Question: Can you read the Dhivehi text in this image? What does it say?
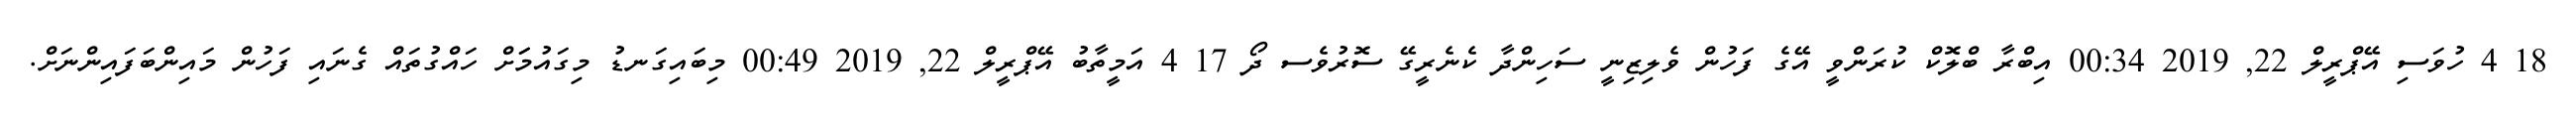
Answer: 18 4 ހުވަސި އޭޕްރީލް 22, 2019 00:34 އިބްރާ ބްލޮކް ކުރަންވީ އޭގެ ފަހުން ވެލިޒިނީ ސަހިންދާ ކެނެރީގޭ ސޮރުވެސ ދޯ 17 4 އަމީތާބު އޭޕްރީލް 22, 2019 00:49 މިބައިގަނޑު މިގައުމަަށް ހައްގުތައް ގެނައި ފަހުން މައިންބަފައިންނަށް.